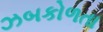
ઝબકોળતા